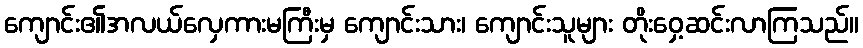
ကျောင်း၏အလယ်လှေကားမကြီးမှ ကျောင်းသား၊ ကျောင်းသူများ တိုးဝှေ့ဆင်းလာကြသည်။